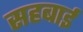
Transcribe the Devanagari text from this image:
सहबाई